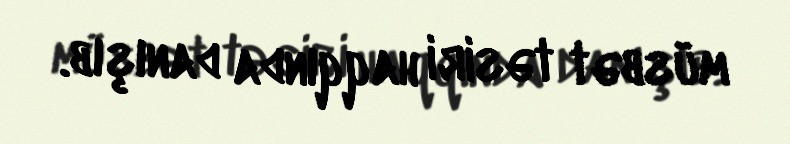
müsbət təsiri haqqında danışıb.